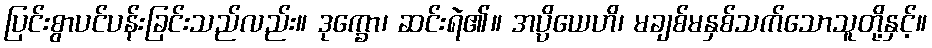
ပြင်းစွာပင်ပန်းခြင်းသည်လည်း။ ဒုက္ခော၊ ဆင်းရဲ၏။ အပ္ပိယေဟိ၊ မချစ်မနှစ်သက်သောသူတို့နှင့်။